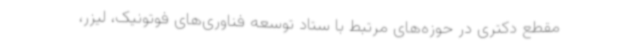
مقطع دکتری در حوزه‌های مرتبط با ستاد توسعه فناوری‌های فوتونیک، لیزر،